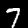
Digit: 7